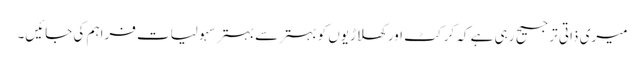
میری ذاتی ترجیح رہی ہے کہ کرکٹ اور کھلاڑیوں کو بہتر سے بہتر سہولیات فراہم کی جائیں۔